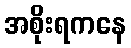
အစိုးရကနေ